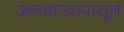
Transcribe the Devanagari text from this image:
ऊनवार्‍यापासून